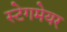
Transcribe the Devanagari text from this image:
स्टेगमेयर